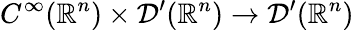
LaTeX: C^{\infty}(\mathbb{R}^{n})\times{\mathcal{D}}^{\prime}(\mathbb{R}^{n})\to{\mathcal{D}}^{\prime}(\mathbb{R}^{n})